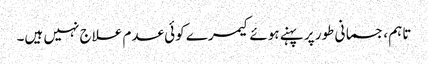
تاہم ، جسمانی طور پر پہنے ہوئے کیمرے کوئی عدم علاج نہیں ہیں۔